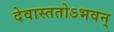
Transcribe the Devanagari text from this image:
देवास्ततोऽभवन्